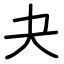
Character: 夬